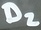
Text: D2